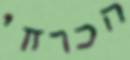
הכרחי